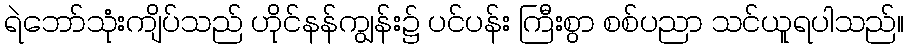
ရဲဘော်သုံးကျိပ်သည် ဟိုင်နန်ကျွန်း၌ ပင်ပန်း ကြီးစွာ စစ်ပညာ သင်ယူရပါသည်။